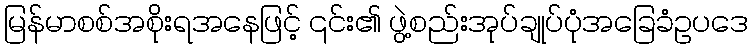
မြန်မာစစ်အစိုးရအနေဖြင့် ၎င်း၏ ဖွဲ့စည်းအုပ်ချုပ်ပုံအခြေခံဥပဒေ